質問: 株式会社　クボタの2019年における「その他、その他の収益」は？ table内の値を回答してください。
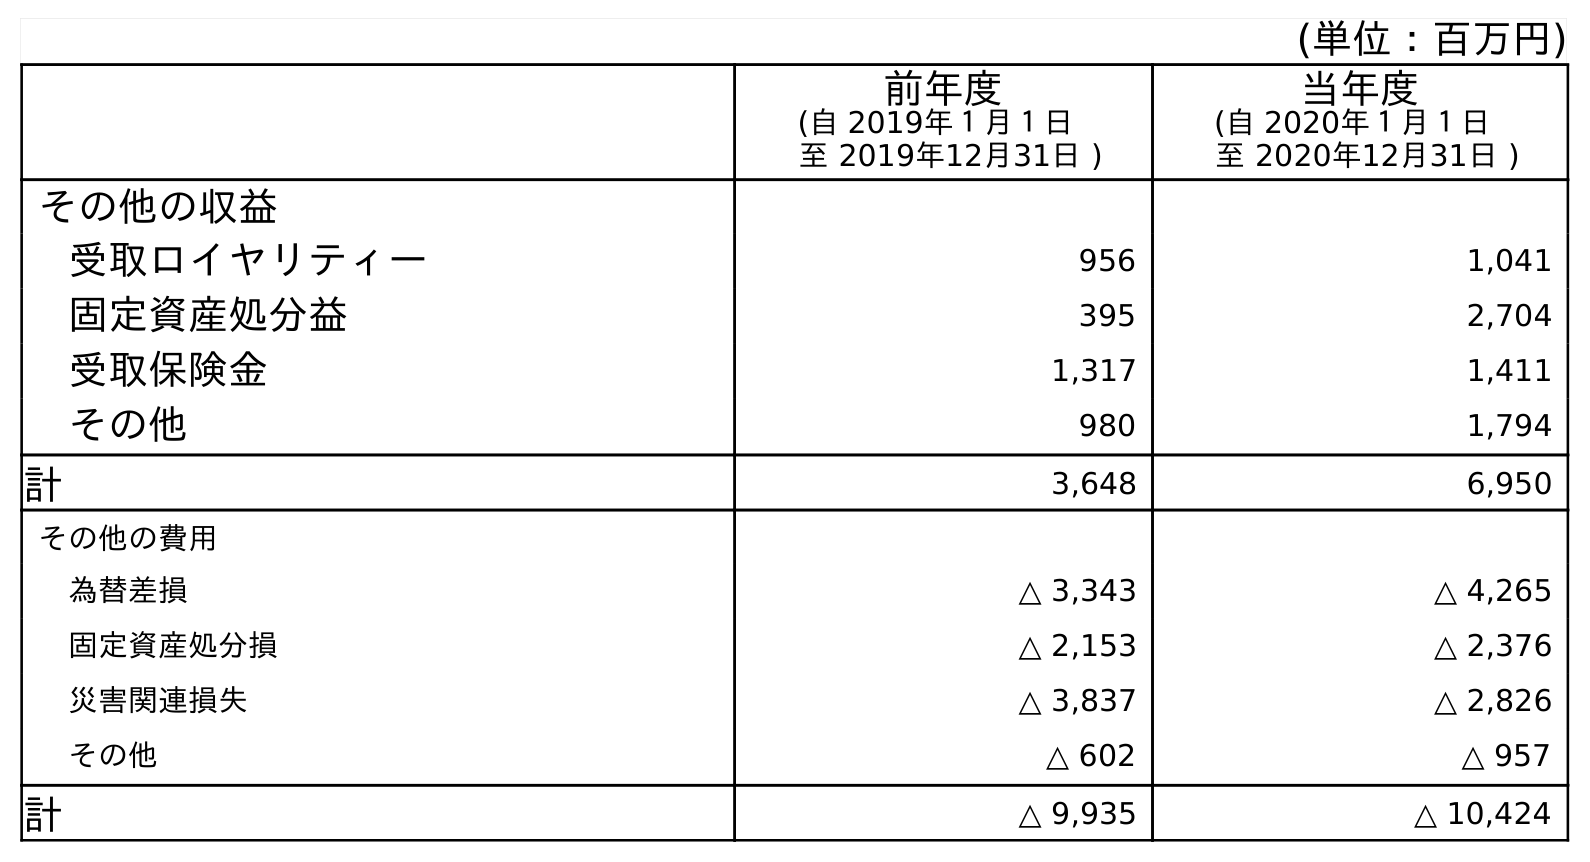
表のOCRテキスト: (単位：百万円) 前年度 (自 2019年１月１日 至 2019年12月31日 ) 当年度 (自 2020年１月１日 至 2020年12月31日 ) その他の収益 受取ロイヤリティー 956 1,041 固定資産処分益 395 2,704 受取保険金 1,317 1,411 その他 980 1,794 計 3,648 6,950 その他の費用 為替差損 △ 3,343 △ 4,265 固定資産処分損 △ 2,153 △ 2,376 災害関連損失 △ 3,837 △ 2,826 その他 △ 602 △ 957 計 △ 9,935 △ 10,424
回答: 980